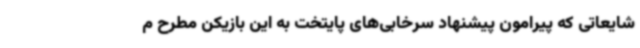
شایعاتی که پیرامون پیشنهاد سرخابی‌های پایتخت به این بازیکن مطرح م